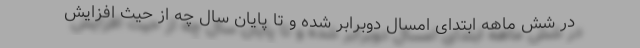
در شش ماهه ابتدای امسال دوبرابر شده و تا پایان سال چه از حیث افزایش